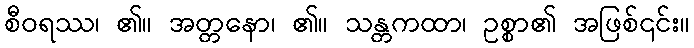
စီဝရဿ၊ ၏။ အတ္တနော၊ ၏။ သန္တကထာ၊ ဥစ္စာ၏ အဖြစ်၎င်း။